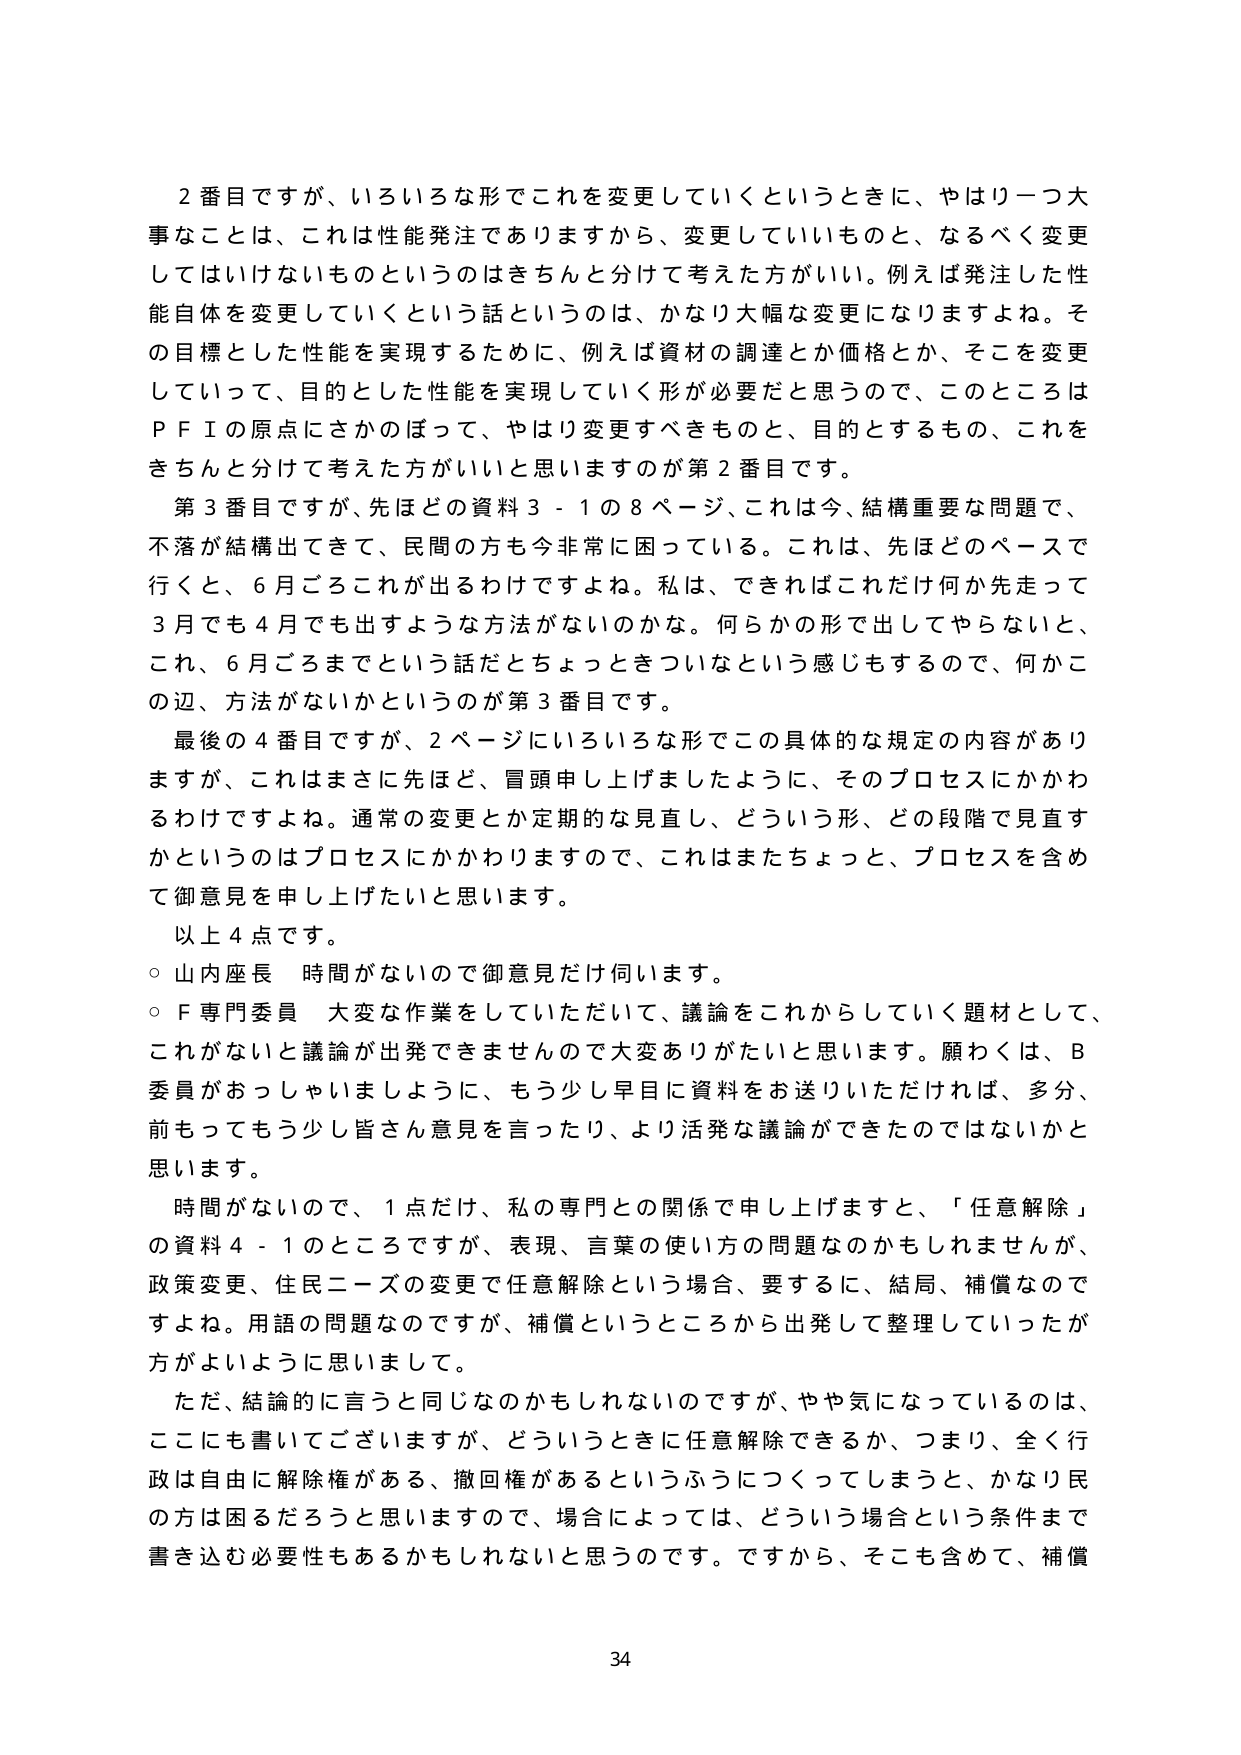
2番目ですが、いろいろな形でこれを変更していくというときに、やはり一つ大事なことは、これは性能発注でありますから、変更していいものと、なるべく変更してはいけないものというのはきちんと分けて考えた方がいい。例えば発注した性能自体を変更していくという話というのは、かなり大幅な変更になりますよね。その目標とした性能を実現するために、例えば資材の調達とか価格とか、そこを変更していって、目的とした性能を実現していく形が必要だと思うので、このところはＰＦＩの原点にさかのぼって、やはり変更すべきものと、目的とするもの、これをきちんと分けて考えた方がいいと思いますのが第2番目です。

第3番目ですが、先ほどの資料3-1の8ページ、これは今、結構重要な問題で、不落が結構出てきて、民間の方も今非常に困っている。これは、先ほどのペースで行くと、6月ごろこれが出てくるわけですよね。私は、できればこれだけ何か先走って3月でも4月でも出すような方法がないのかな。何らかの形で出してやらないと、これ、6月ごろまでという話だとちょっときついなという感じもするので、何かこの辺、方法がないかというのが第3番目です。

最後の4番目ですが、2ページにいろいろな形でこの具体的な規定の内容がありますが、これはまさに先ほど、冒頭申し上げましたように、そのプロセスにかかわるわけですよね。通常の変更とか定期的な見直し、どういう形、どの段階で見直すかというのはプロセスにかかわりますので、これはまたちょっと、プロセスを含めて御意見を申し上げたいと思います。

以上4点です。

○ 山内座長 時間がないので御意見だけ伺います。

○ F専門委員 大変な作業をしていただいて、議論をこれからしていく題材として、これがないと議論が出発できませんので大変ありがたいと思います。願わくは、B委員がおっしゃいましたように、もう少し早目に資料をお送りいただければ、多分、前もってもう少し皆さん意見を言ったり、より活発な議論ができたのではないかと思います。

時間がないので、1点だけ、私の専門との関係で申し上げますと、「任意解除」の資料4-1のところですが、表現、言葉の使い方の問題なのかもしれませんが、政策変更、住民ニーズの変更で任意解除という場合、要するに、結局、補償なのですよね。用語の問題なのですが、補償というところから出発して整理していった方がよいように思います。

ただ、結論的に言うと同じなのかもしれないのですが、やや気になっているのは、ここにも書いてございますが、どういうときに任意解除できるか、つまり、全く行政は自由に解除権がある、撤回権があるというふうにつくってしまうと、かなり民間の方は困るだろうと思いますので、場合によっては、どういう場合という条件まで書き込む必要性もあるかもしれないと思うのです。ですから、そこも含めて、補償

34